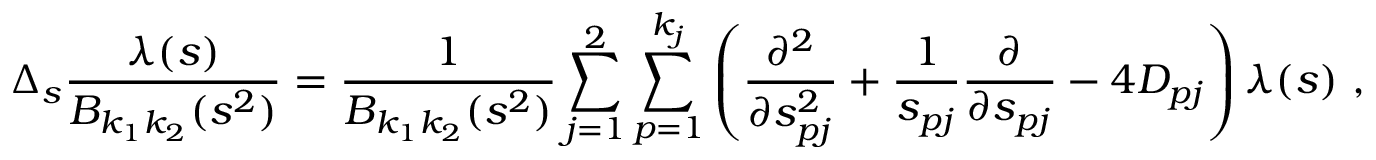
\Delta _ { s } \frac { \lambda ( s ) } { B _ { k _ { 1 } k _ { 2 } } ( s ^ { 2 } ) } = \frac { 1 } { B _ { k _ { 1 } k _ { 2 } } ( s ^ { 2 } ) } \sum _ { j = 1 } ^ { 2 } \sum _ { p = 1 } ^ { k _ { j } } \left( \frac { \partial ^ { 2 } } { \partial s _ { p j } ^ { 2 } } + \frac { 1 } { s _ { p j } } \frac { \partial } { \partial s _ { p j } } - 4 D _ { p j } \right) \lambda ( s ) \ ,